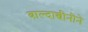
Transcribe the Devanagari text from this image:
बाल्दाच्चीनीने